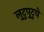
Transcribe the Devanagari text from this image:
लुटुपुटुचे